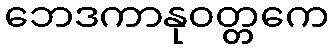
ဘေဒကာနုဝတ္တကေ